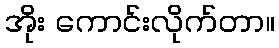
အိုး ကောင်းလိုက်တာ။